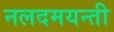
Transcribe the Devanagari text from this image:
नलदमयन्ती